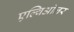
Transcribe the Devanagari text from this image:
एल्विओलर